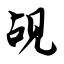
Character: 觇